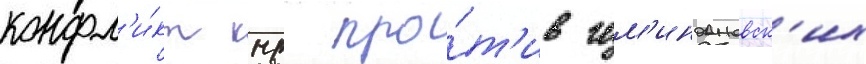
конфл'и́кт кнр про́т'ив гом'индановск'их